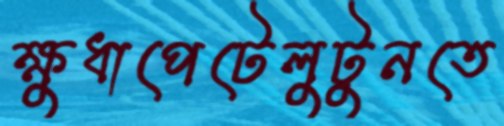
ক্ষুধাপেটেলুটুনতে